system: You are a helpful assistant.
user:
Analyze the provided spectrum to determine if it is a **S-type Star**.

- **Key Indicators for S-type Star:**

    - **(Overall Spectrum Shape):** The first and most obvious characteristic is the overall continuum (the "baseline" shape). It is **extremely "red-sloping,"** meaning the flux (light intensity) is very low on the left side (blue, ~4000-4500 Å) and rises steeply and continuously toward the right side (red, ~7000 Å+).

    - **(Primary):** The spectrum is defined by the presence of strong, broad molecular absorption "valleys" (bands) from **Zirconium Oxide (ZrO)**. The identification of these bands is the **primary requirement** for classifying a star as S-type.
        - **(Key Bandheads):** You must find distinct, deep "dips" where the light has been absorbed. The most critical band systems to locate are:
            - **~6474 Å** ($\gamma$-system): This is often the strongest and clearest ZrO feature, found in the red part of the spectrum.
            - **~5718 Å** & **~5551 Å** ($\beta$-system): A pair of prominent absorption features in the yellow-orange part of the spectrum.
            - **~4640 Å** ($\alpha$-system): A key absorption band system in the blue-green region of the spectrum.

    - **(Secondary Confirmation):** The classification is strengthened by finding additional absorption bands from other related heavy element oxides, which are expected to be present alongside ZrO.
        - **(Key Bandheads):**
            - **Yttrium Oxide (YO):** Look for absorption dips near **~4800 Å** and **~6100 Å**.
            - **Lanthanum Oxide (LaO):** Additional absorption features, particularly in the red-orange part of the spectrum, are also characteristic.

    - **(Line Profile):** The combination of the steep red continuum and these numerous, deep molecular bands (ZrO, YO, etc.) gives the entire spectrum a very **"chopped-up"** or **"bumpy"** appearance. Instead of a smooth curve, the spectrum looks as though large, wide chunks of light have been "carved out" of it at the specific wavelengths listed above.

Think first, call **spectral_visualization_tool** if needed to examine features in detail, then provide your final answer. Your response must adhere to the following strict rules:
1.  **Overall Structure:** Your response must follow the format `<think>...</think> <tool_call>...</tool_call> (if a tool is used) <answer>...</answer>`.
2.  **Tool Usage Constraint:** You may only make **one** tool call per turn.
3.  **Final Answer Format:** In the `<answer>` tag, your conclusion must be inside a `\boxed{}` command (e.g., `\boxed{YES}` or `\boxed{NO}`), followed by your justification.

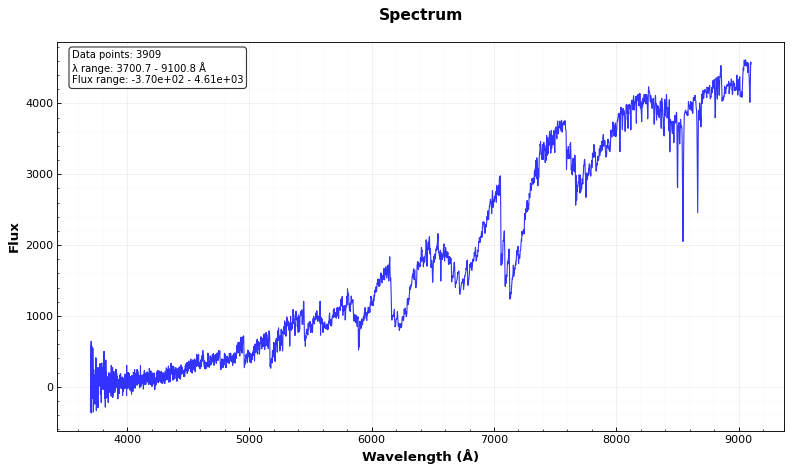
Answer: YES